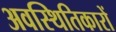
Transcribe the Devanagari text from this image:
अवस्थितिकारों